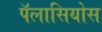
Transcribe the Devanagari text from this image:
पॅलासियोस